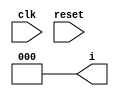
module Stepper(
    input clk,
    input reset,
    output[2:0] i
);
    reg [2:0] counter;
    
    initial begin
        counter=0;
    end

    always @ (posedge clk ) begin
        counter = counter + 1;
    end

    always @ (posedge reset) begin        
        counter = 0;        
    end

    assign i = counter;

endmodule


// test bench
// `timescale 1ns/1ns //Adjust to suit
module Stepper_tb(
);
    reg clk;
    reg reset;
    wire [2:0] i;

    Stepper stepper(
        clk,
        reset,
        i
    );

        
    // always #10 clk = ~clk;
    


    initial begin
        clk = 0;
        reset = 0;        

        $display("clk,\treset,\ti"); 
        $monitor("%b,\t%b,\t%b", clk,reset,i);

     #1   clk = 0;
     #2   clk = 1;
     #3   clk = 0;
     #4   clk = 1;
     #5   clk = 0;
     #6   clk = 1; reset=1;
     #7   clk = 0;
     #8   clk = 1; reset=0;
     #9   clk = 0;
     #10   clk = 1;
     #11   clk = 0;
     #12   clk = 1;

    $finish;
    //  #100  ; 

    end

    

endmodule